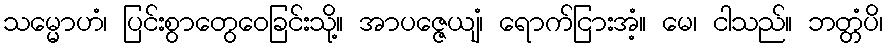
သမ္မောဟံ၊ ပြင်းစွာတွေဝေခြင်းသို့။ အာပဇ္ဇေယျံ၊ ရောက်ငြားအံ့။ မေ၊ ငါသည်။ ဘတ္တံပိ၊